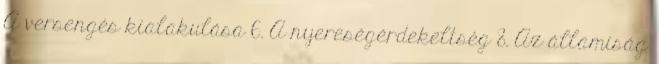
A versengés kialakulása 6. A nyereségérdekeltség 8. Az államiság